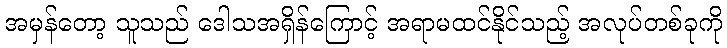
အမှန်တော့ သူသည် ဒေါသအရှိန်ကြောင့် အရာမထင်နိုင်သည့် အလုပ်တစ်ခုကို